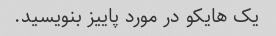
یک هایکو در مورد پاییز بنویسید.